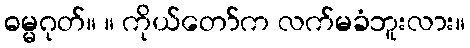
ဓမ္မဂုတ်။ ။ ကိုယ်တော်က လက်မခံဘူးလား။